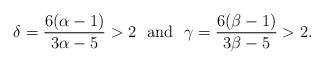
LaTeX: \begin{align*} \delta=\frac{6(\alpha-1)}{3\alpha-5}>2 \,\, \mbox{ and } \,\, \gamma=\frac{6(\beta-1)}{3\beta-5} >2. \end{align*}